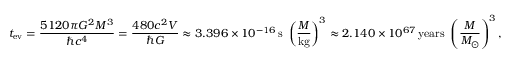
t _ { \mathrm { e v } } = { \frac { 5 1 2 0 \pi G ^ { 2 } M ^ { 3 } } { \hbar c ^ { 4 } } } = { \frac { 4 8 0 c ^ { 2 } V } { \hbar G } } \approx 3 . 3 9 6 \times 1 0 ^ { - 1 6 } \, \mathrm { s } \ \left( { \frac { M } { \mathrm { k g } } } \right) ^ { 3 } \approx 2 . 1 4 0 \times 1 0 ^ { 6 7 } \, { \mathrm { y e a r s } } \ \left( { \frac { M } { M _ { \odot } } } \right) ^ { 3 } ,